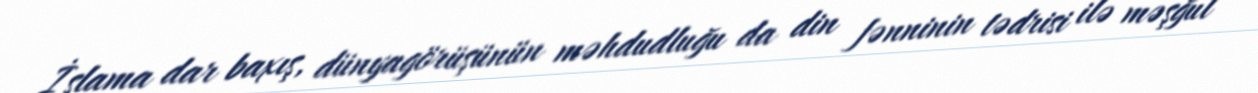
İslama dar baxış, dünyagörüşünün məhdudluğu da din fənninin tədrisi ilə məşğul